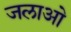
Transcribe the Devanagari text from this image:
जलाओ